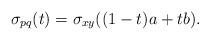
LaTeX: \begin{align*} \sigma_{pq}(t) = \sigma_{xy}((1-t)a+ tb). \end{align*}